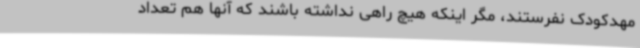
مهدکودک نفرستند، مگر اینکه هیچ راهی نداشته باشند که آنها هم تعداد